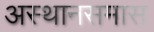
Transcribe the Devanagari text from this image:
अस्थानसमास